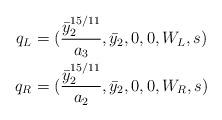
LaTeX: \begin{align*}q_L&=(\frac{\bar{y}_2^{15/11}}{a_3},\bar{y}_2,0,0,W_L,s) \\q_R&=(\frac{\bar{y}_2^{15/11}}{a_2},\bar{y}_2,0,0,W_R,s) \end{align*}